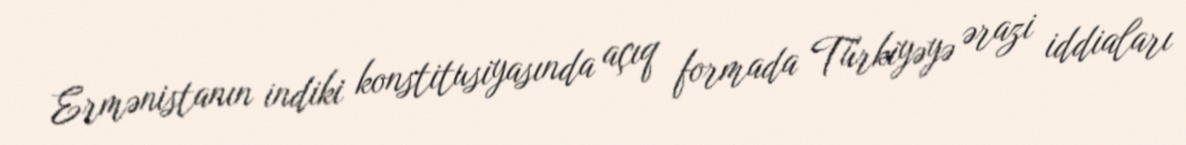
Ermənistanın indiki konstitusiyasında açıq formada Türkiyəyə ərazi iddiaları